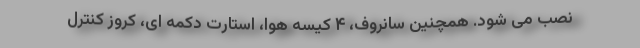
نصب می شود. همچنین سانروف، ۴ کیسه هوا، استارت دکمه ای، کروز کنترل